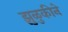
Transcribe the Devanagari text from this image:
झुळुकीने